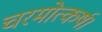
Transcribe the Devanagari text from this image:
चरमोत्कर्ष।